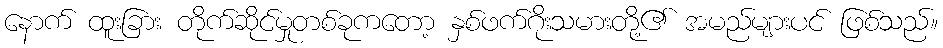
နောက် ထူးခြား တိုက်ဆိုင်မှုတစ်ခုကတော့ နှစ်ဖက်ဂိုးသမားတို့၏ အမည်များပင် ဖြစ်သည်။